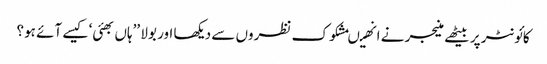
کائونٹر پر بیٹھے منیجر نے انھیںمشکوک نظروں سے دیکھا اور بولا ’’ہاں بھئی‘ کیسے آئے ہو؟